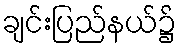
ချင်းပြည်နယ်၌